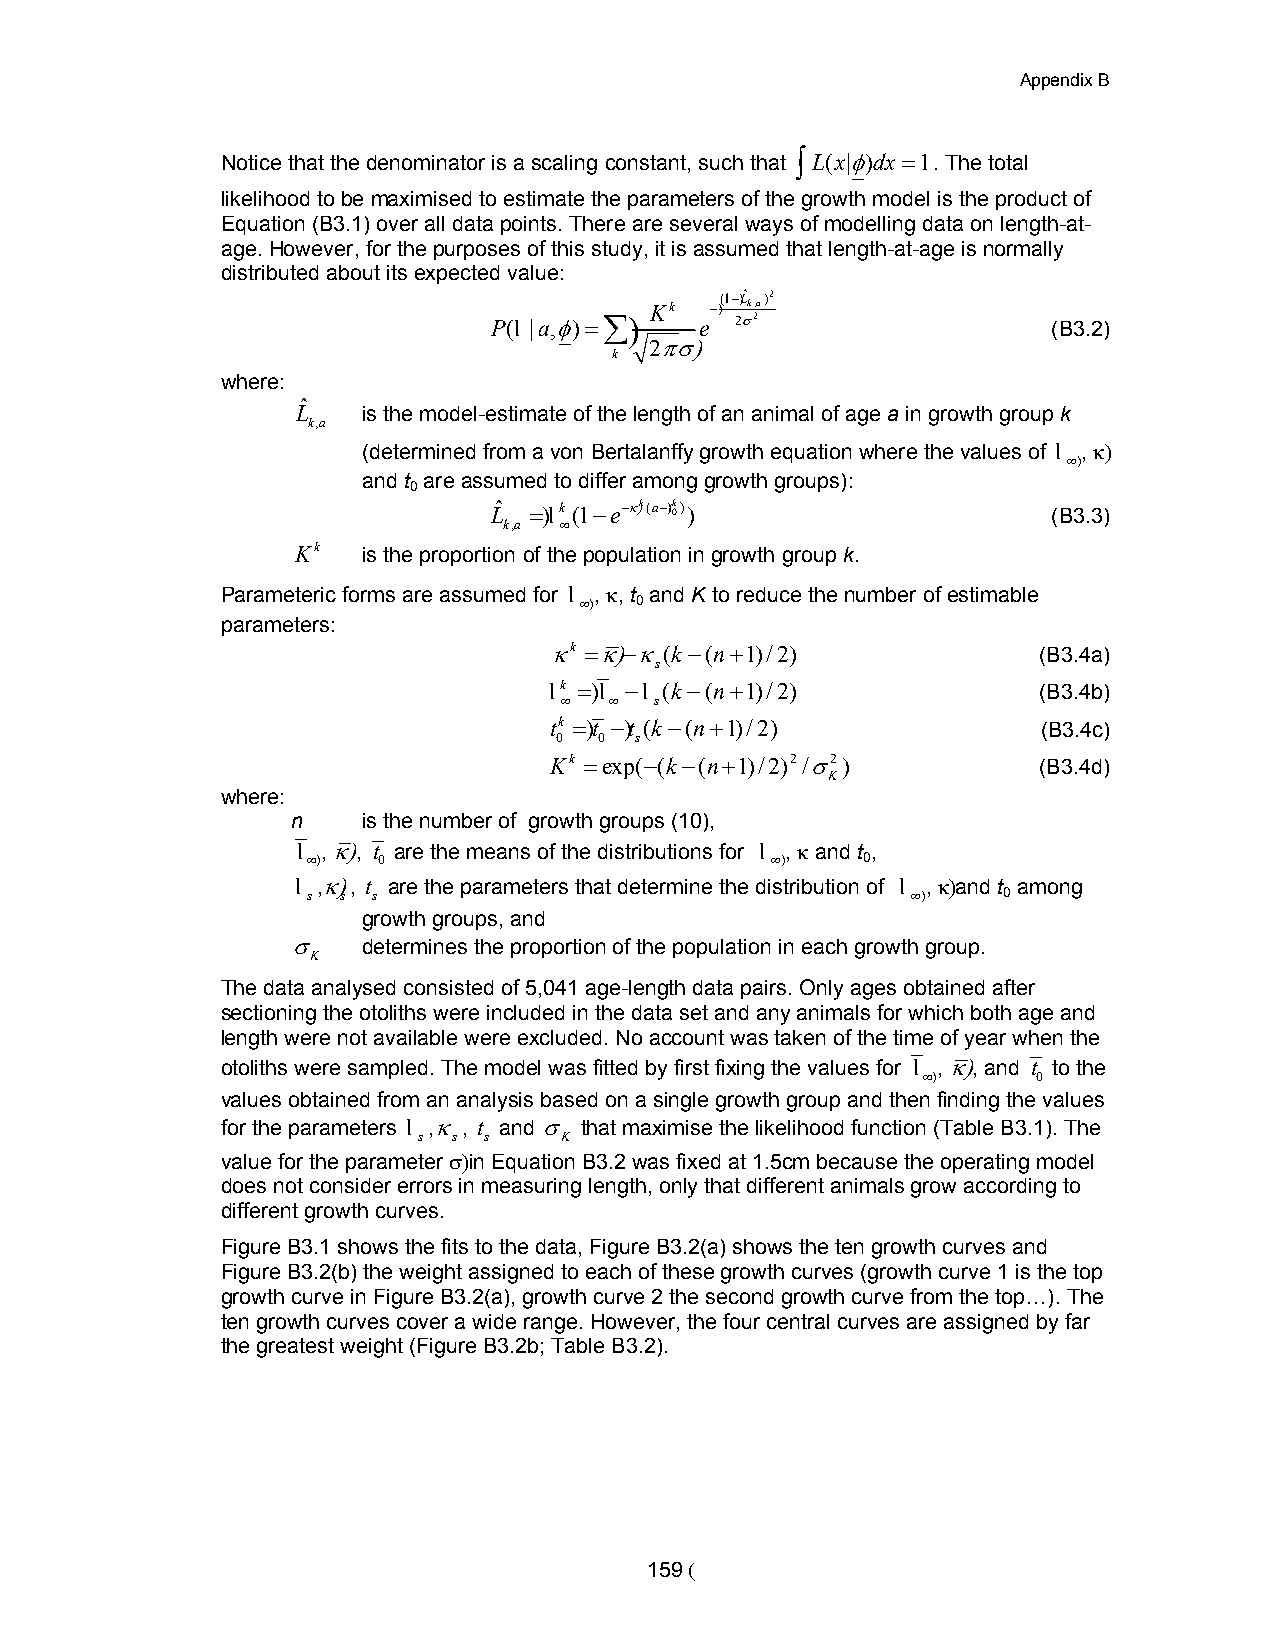
Appendix B
 Notice that the denominator is a scaling constant, such that K L( x |/)dx $1. The total
 likelihood to be maximised to estimate the parameters of the growth model is the product of
 Equation (B3.1) over all data points. There are several ways of modelling data on length-at-
 age. However, for the purposes of this study, it is assumed that length-at-age is normally
 distributed about its expected value:
 Kk  " ( l " Lˆ k ,a)2
 P(l | a,/) $@ e 262                  (B3.2)
 246
 k
 where:
 ˆ
 L   is the model-estimate of the length of an animal of age a in growth group k
 k, a
 (determined from a von Bertalanffy growth equation where the values of l , 2
 <
 and t are assumed to differ among growth groups):
 0
 Lˆ $ l k (1 "e "2 k (a" t 0k))       (B3.3)
 k, a <
 Kk  is the proportion of the population in growth group k.
 Parameteric forms are assumed for l , 2, t and K to reduce the number of estimable
 <   0
 parameters:
 2k $2 "2(k"(n!1) / 2)           (B3.4a)
 s
 l k $ l "l (k"(n!1) / 2)         (B3.4b)
 <  <  s
 t k $ t " t ( k "(n!1) / 2)      (B3.4c)
 0  0 s
 K k $exp( "( k"(n!1)/2) 2/ 62)   (B3.4d)
 K
 where:
 n    is the number of growth groups (10),
 l , 2 , t are the means of the distributions for l , 2 and t ,
 <    0                         <     0
 l ,2 , t are the parameters that determine the distribution of l , 2 and t among
 s  s s                                  <     0
 growth groups, and
 6    determines the proportion of the population in each growth group.
 K
 The data analysed consisted of 5,041 age-length data pairs. Only ages obtained after
 sectioning the otoliths were included in the data set and any animals for which both age and
 length were not available were excluded. No account was taken of the time of year when the
 otoliths were sampled. The model was fitted by first fixing the values for l , 2 , and t to the
 <       0
 values obtained from an analysis based on a single growth group and then finding the values
 for the parameters l ,2 , t and 6 that maximise the likelihood function (Table B3.1). The
 s s s    K
 value for the parameter 6 in Equation B3.2 was fixed at 1.5cm because the operating model
 does not consider errors in measuring length, only that different animals grow according to
 different growth curves.
 Figure B3.1 shows the fits to the data, Figure B3.2(a) shows the ten growth curves and
 Figure B3.2(b) the weight assigned to each of these growth curves (growth curve 1 is the top
 growth curve in Figure B3.2(a), growth curve 2 the second growth curve from the top…). The
 ten growth curves cover a wide range. However, the four central curves are assigned by far
 the greatest weight (Figure B3.2b; Table B3.2).
 159 (